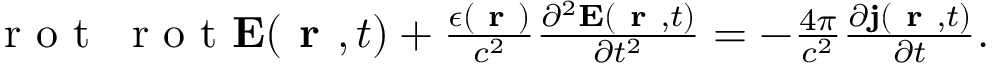
\begin{array} { r } { \textrm { r o t } \; \textrm { r o t } { \bf E } ( \textbf { r } , t ) + \frac { \epsilon ( { \textbf { r } } ) } { c ^ { 2 } } \frac { \partial ^ { 2 } { \bf E } ( \textbf { r } , t ) } { \partial t ^ { 2 } } = - \frac { 4 \pi } { c ^ { 2 } } \frac { \partial { \bf j } ( \textbf { r } , t ) } { \partial t } . } \end{array}